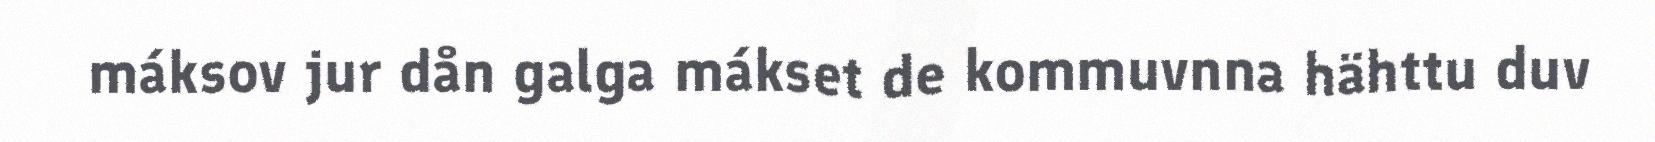
máksov jur dån galga mákset de kommuvnna hähttu duv